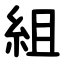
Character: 組